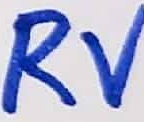
Text: RV